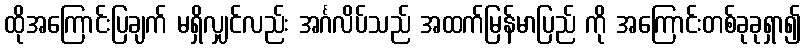
ထိုအကြောင်းပြချက် မရှိလျှင်လည်း အင်္ဂလိပ်သည် အထက်မြန်မာပြည် ကို အကြောင်းတစ်ခုခုရှာ၍